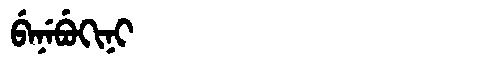
Manchu: ᠪᡝᠨᡝᠪᡠᡴᡳᠨᡳ
Romanization: BENEBUKINI